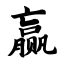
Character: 赢